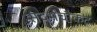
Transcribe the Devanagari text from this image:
संदर्भचौकट